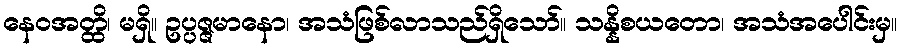
နေဝအတ္ထိ၊ မရှိ။ ဥပ္ပဇ္ဇမာနော၊ အသံဖြစ်လာသည်ရှိသော်။ သန္နိစယတော၊ အသံအပေါင်းမှ။